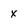
Character: x